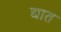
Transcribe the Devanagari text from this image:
द्यात